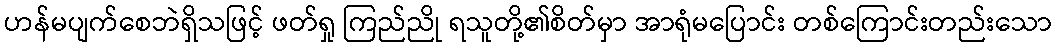
ဟန်မပျက်စေဘဲရှိသဖြင့် ဖတ်ရှု ကြည်ညို ရသူတို့၏စိတ်မှာ အာရုံမပြောင်း တစ်ကြောင်းတည်းသော